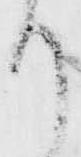
り